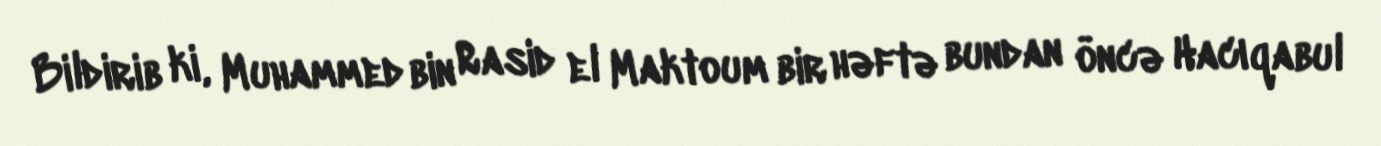
Bildirib ki, Muhammed bin Rasid el Maktoum bir həftə bundan öncə Hacıqabul